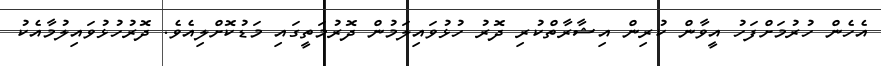
އެހެން ހުރުމަށްފަހު އީވާން ކުރިން އިޝާރާތްކުރި ދޮރު ހުޅުވައިލަމުން ދޮރުމަތީގައި މަޑުކޮށްލިއެވެ. ދޮރުހުޅުވައިލުމާއެކު